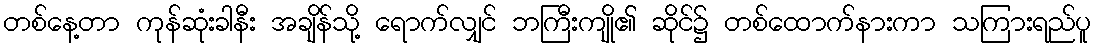
တစ်နေ့တာ ကုန်ဆုံးခါနီး အချိန်သို့ ရောက်လျှင် ဘကြီးကျို၏ ဆိုင်၌ တစ်ထောက်နားကာ သကြားရည်ပူ